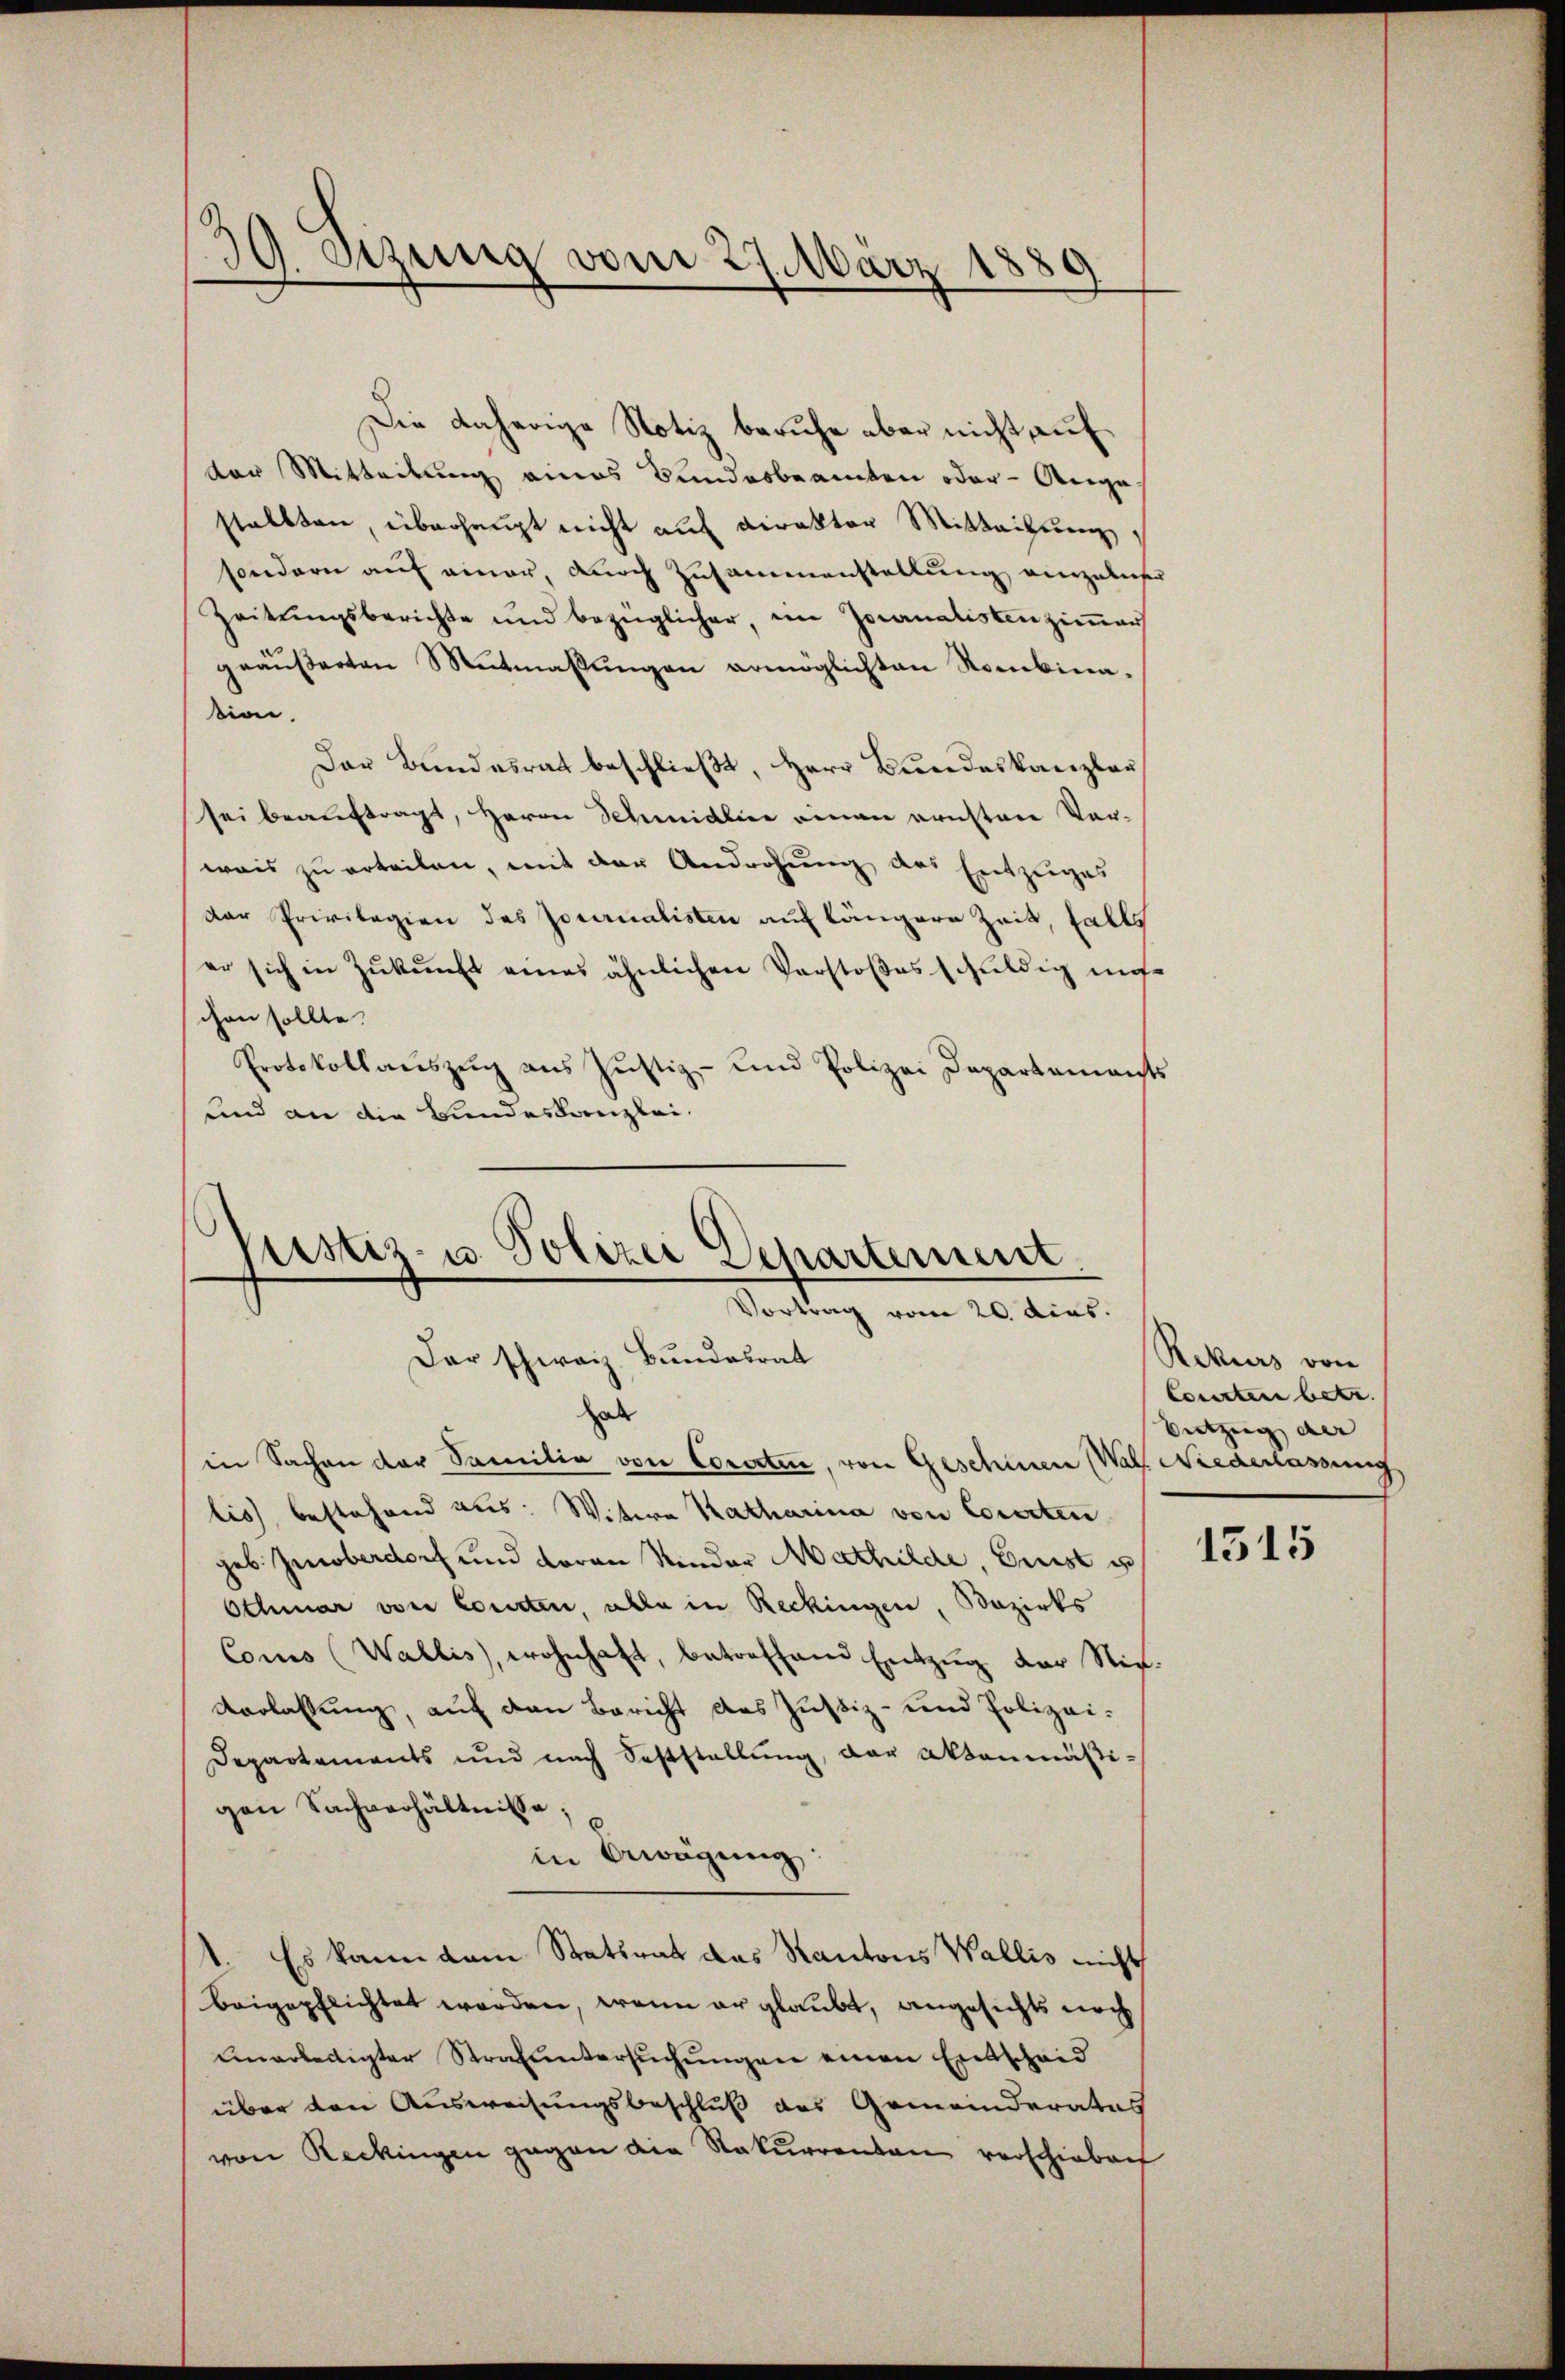
30. Sezung vom 27. März 1889

Die daherige Notiz beruhe aber nicht auf
ten Mitteilung eines Bundesbeamten oder Ange
stalten, überhaupt nicht auf Direktor Mitteilung,
sondern auf einer, durch Zusammenstellung einzuliefer
Zeitŭngsberichte und bezüglicher, im Jocanatistenziṁer
geäußerten Mutmassungen ermöglichten Nombinasion.
Der Bundesrat beschließt, Herr Bundeskanzlau
sei beauftragt, Herrn Schmidlice einen ernsten Ver-
weis zu erteilen, mit der Androhung des Entzuges
der Privilegien des Journalisten auf längere Zeit, falls
er sich in Zŭkŭnft eines ähnlichen Verstoßes schuldig uns
chen sollte.
Protokollaŭszŭg ans Jŭstiz- und Polizei Departements
und an die Bundeskanzlei-
ustiz- u. Polizei Departement

Vortrag vom 20. dies
Der schweiz. Bundesrat
hab

in Sachen der Familie von Cororten, von Geschinen (Wal Niederlassung
lis bestehend aus: Witwe Katharina von Cororten
geb. Zinoberdorf und daran Nieder Mathilde, Brust u
Othmar von Courten, alle in Reckingen, Bezirks
Coms (Wallis, wohnhaft, betreffend Entzug der Stif¬
Verlassung, auf den Bericht des Justiz- und Polizei¬
Departements und nach Feststellŭng, der Aktenmäßigen Sachverhältnisse,
in Bewägung
Es kann dem Statsrat das Kantons Wallis nicht
beigepflichtet worden, wenn er glaubt, angesichts noch
unerledigter Strafuntersŭchŭngen einen Entscheid
über den Ausweisungsbeschluß des Gemeinderates
von Reckingen gegen die Rekurrenten verschieben

Rekurs von
Consten betr.
Setzung der |

1315